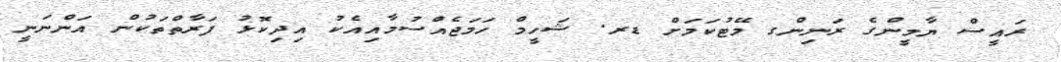
ރައީސް ޔާމީންގެ ރަނިންގ މޭޓުކަމަށް ޑރ. ޝަހީމް ހަމަޖެއްސުމާއިއެކު އިދިކޮޅު ފަރާތްތަކުން އަންނަނީ